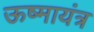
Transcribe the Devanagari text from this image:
ऊष्मायंत्र